Vaccination in Bombay 1874-1876 - 1874-1876
Year: 1874
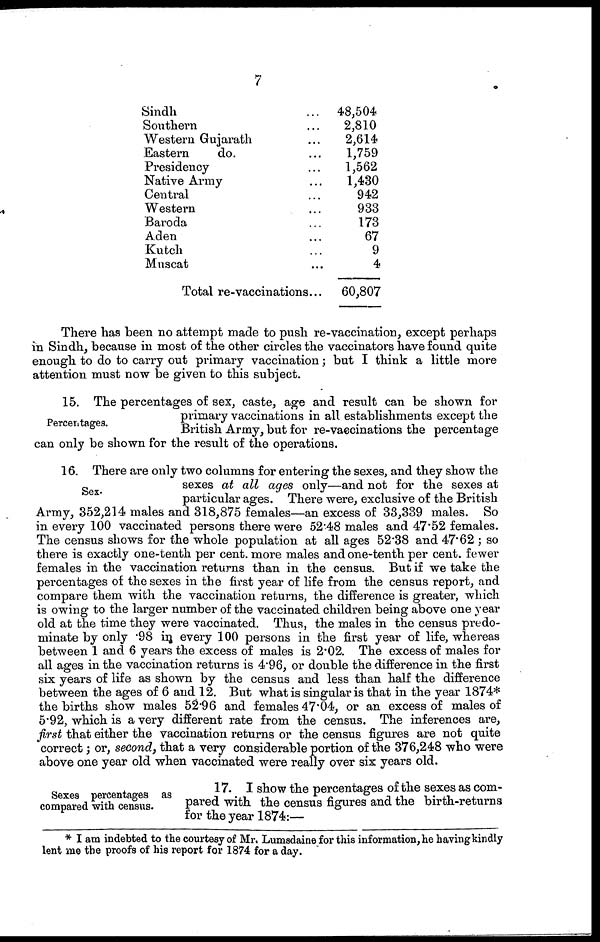
7
Sindh ...
Southern ...
Western Gujarath ...
Eastern
do. ...
Presidency ...
Native Army ...
Central ...
Western ...
Baroda ...
Aden ...
Kutch ...
Muscat ...
Total re-vaccinations...
48,504
2,810
2,614
1,759
1,562
1,430
942
933
173
67
9
4
60,807
There has been no attempt made to push re-vaccination, except perhaps
in Sindh, because in most of the other circles the vaccinators have found quite
enough to do to carry out primary vaccination; but I think a little more
attention must now be given to this subject.
Percentages.
15. The percentages of sex, caste, age and result can be shown for
primary vaccinations in all establishments except the
British Army, but for re-vaccinations the percentage
can only be shown for the result of the operations.
Sex.
16. There are only two columns for entering the sexes, and they show the
sexes at all ages only—and not for the sexes at
particular ages. There were, exclusive of the British
Army, 352,214 males and 318,875 females—an excess of 33,339 males. So
in every 100 vaccinated persons there were 52.48 males and 47.52 females.
The census shows for the whole population at all ages 52.38 and 47.62 ; so
there is exactly one-tenth per cent. more males and one-tenth per cent. fewer
females in the vaccination returns than in the census. But if we take the
percentages of the sexes in the first year of life from the census report, and
compare them with the vaccination returns, the difference is greater, which
is owing to the larger number of the vaccinated children being above one year
old at the time they were vaccinated. Thus, the males in the census predo-
minate by only .98 in every 100 persons in the first year of life, whereas
between 1 and 6 years the excess of males is 2.02. The excess of males for
all ages in the vaccination returns is 4.96, or double the difference in the first
six years of life as shown by the census and less than half the difference
between the ages of 6 and 12. But what is singular is that in the year 1874*
the births show males 52.96 and females 47.04, or an excess of males of
5.92, which is a very different rate from the census. The inferences are,
first that either the vaccination returns or the census figures are not quite
correct; or, second, that a very considerable portion of the 376,248 who were
above one year old when vaccinated were really over six years old.
Sexes percentages as
compared with census.
17. I show the percentages of the sexes as com-
pared with the census figures and the birth-returns
for the year 1874:—
* I am indebted to the courtesy of Mr. Lumsdaine for this information, he havingkindly
lent me the proofs of his report for 1874 for a day.